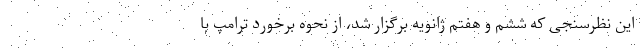
این نظرسنجی که ششم و هفتم ژانویه برگزار شد، از نحوه برخورد ترامپ با